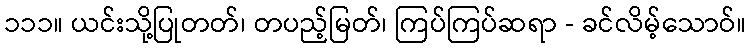
၁၁၁။ ယင်းသို့ပြုတတ်၊ တပည့်မြတ်၊ ကြပ်ကြပ်ဆရာ - ခင်လိမ့်သောဝ်။